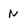
Character: n